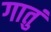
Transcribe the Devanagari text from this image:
गातुं